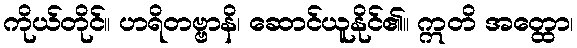
ကိုယ်တိုင်။ ဟရိတဗ္ဗာနိ၊ ဆောင်ယူနိုင်၏။ ဣတိ အတ္ထော၊